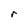
Character: r